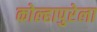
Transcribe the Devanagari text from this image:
कोल्हापुरेला